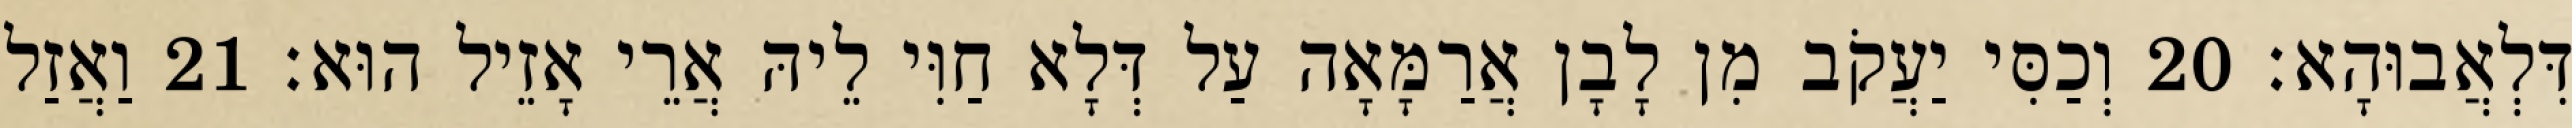
דִּלְאֲבוּהָא׃ 20 וְכַסִּי יַעֲקֹב מִן לָבָן אֲרַמָּאָה עַל דְּלָא חַוִּי לֵיהּ אֲרֵי אָזֵיל הוּא׃ 21 וַאֲזַל